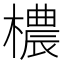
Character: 檂